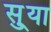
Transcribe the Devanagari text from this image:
सु्या